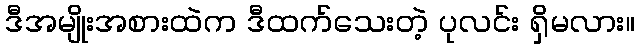
ဒီအမျိုးအစားထဲက ဒီထက်သေးတဲ့ ပုလင်း ရှိမလား။